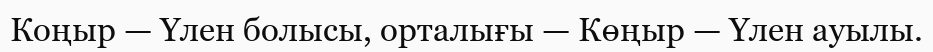
Коңыр — Үлен болысы, орталығы — Көңыр — Үлен ауылы.